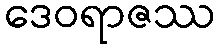
ဒေဝရာဇဿ